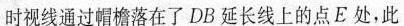
时视线通过帽檐落在了DB延长线上的点E处，此